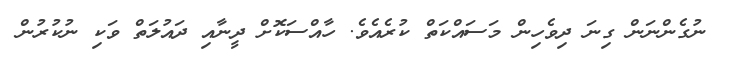
ނުގެންނަން ގިނަ ދިވެހިން މަސައްކަތް ކުރެއެވެ. ހާއްސަކޮށް ދީނާއި ދައުލަތް ވަކި ނުކުރުން